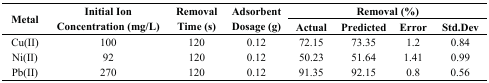
<table><thead><tr><td rowspan="2"><b>Metal</b></td><td rowspan="2"><b>Initial Ion Concentration (mg/L)</b></td><td rowspan="2"><b>Removal Time (s)</b></td><td rowspan="2"><b>Adsorbent Dosage (g)</b></td><td colspan="4"><b>Removal (%)</b></td></tr><tr><td><b>Actual</b></td><td><b>Predicted</b></td><td><b>Error</b></td><td><b>Std.Dev</b></td></tr></thead><tbody><tr><td>Cu(II)</td><td>100</td><td>120</td><td>0.12</td><td>72.15</td><td>73.35</td><td>1.2</td><td>0.84</td></tr><tr><td>Ni(II)</td><td>92</td><td>120</td><td>0.12</td><td>50.23</td><td>51.64</td><td>1.41</td><td>0.99</td></tr><tr><td>Pb(II)</td><td>270</td><td>120</td><td>0.12</td><td>91.35</td><td>92.15</td><td>0.8</td><td>0.56</td></tr></tbody></table>